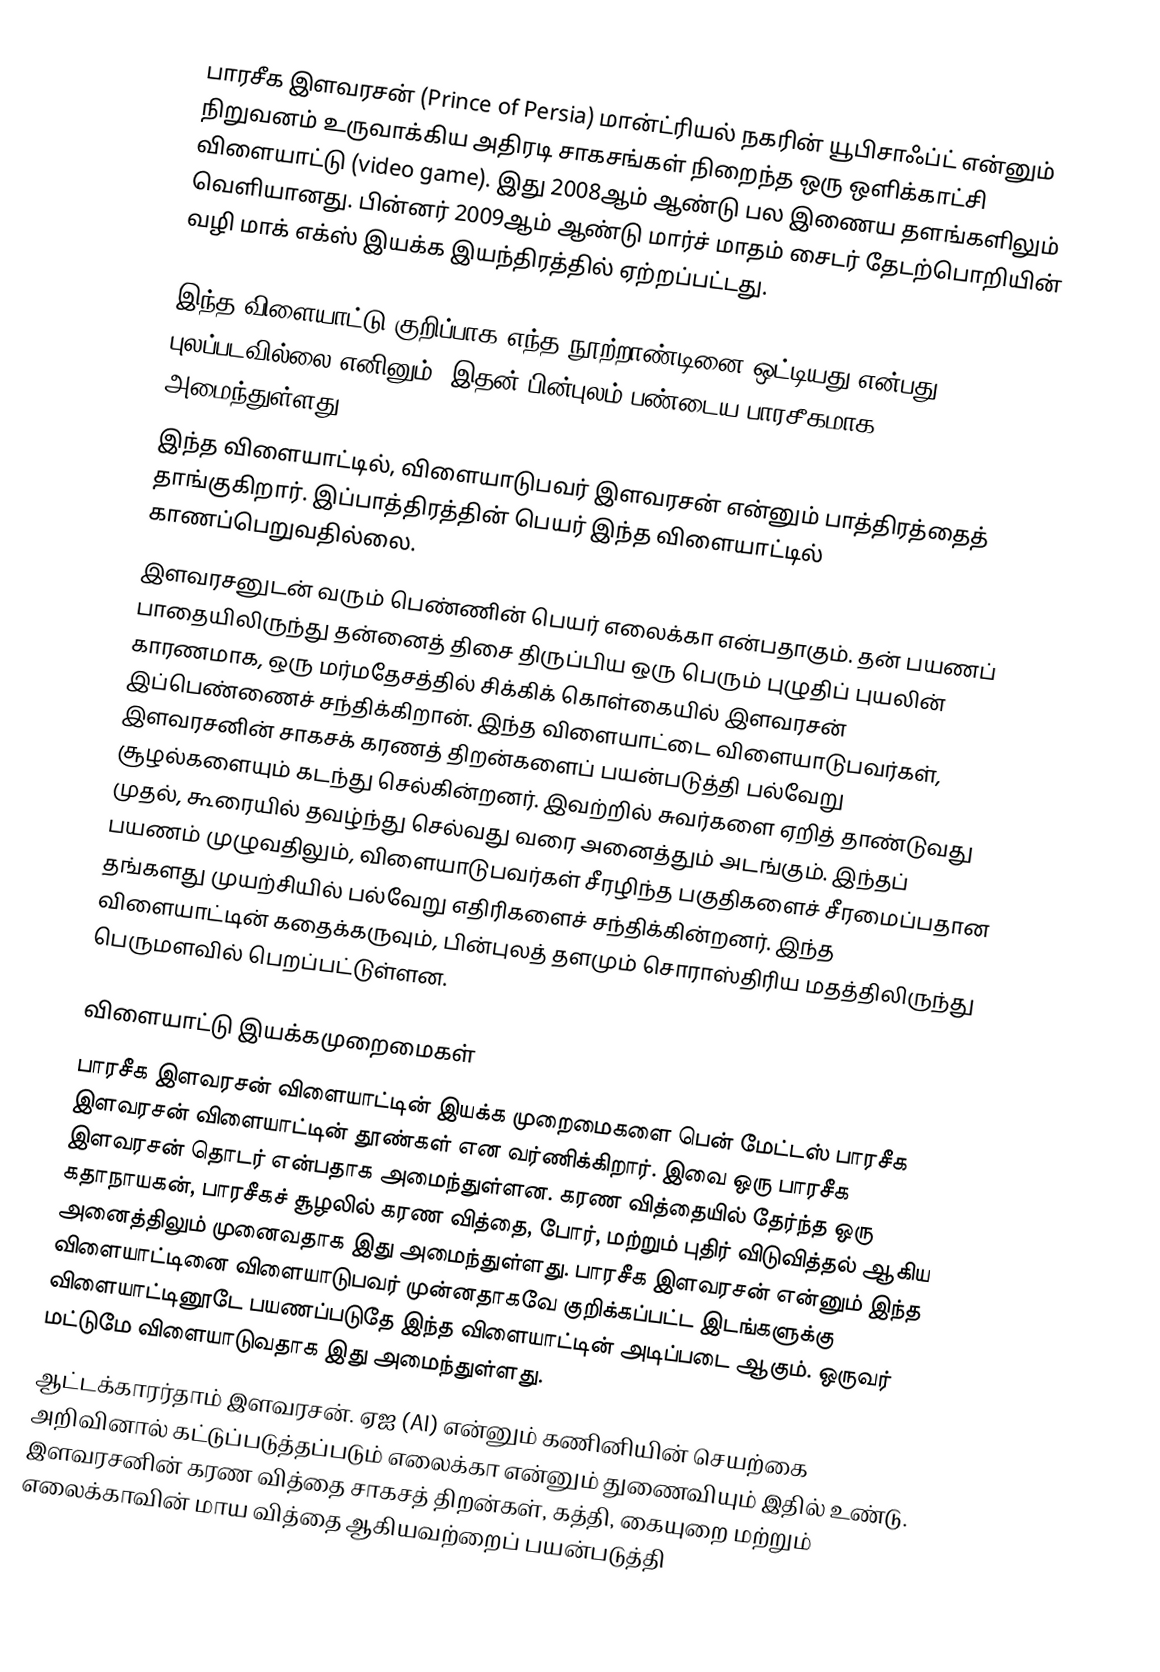
பாரசீக இளவரசன்  (Prince of Persia) மான்ட்ரியல் நகரின் யூபிசாஃப்ட் என்னும் நிறுவனம் உருவாக்கிய அதிரடி சாகசங்கள் நிறைந்த ஒரு ஒளிக்காட்சி விளையாட்டு (video game). இது 2008ஆம் ஆண்டு பல இணைய தளங்களிலும் வெளியானது. பின்னர் 2009ஆம் ஆண்டு மார்ச் மாதம் சைடர் தேடற்பொறியின் வழி மாக் எக்ஸ் இயக்க இயந்திரத்தில் ஏற்றப்பட்டது.

இந்த விளையாட்டு குறிப்பாக எந்த நூற்றாண்டினை ஒட்டியது என்பது புலப்படவில்லை எனினும், இதன் பின்புலம் பண்டைய பாரசீகமாக அமைந்துள்ளது.
இந்த விளையாட்டில், விளையாடுபவர் இளவரசன் என்னும் பாத்திரத்தைத் தாங்குகிறார். இப்பாத்திரத்தின் பெயர் இந்த விளையாட்டில் காணப்பெறுவதில்லை.
இளவரசனுடன் வரும் பெண்ணின் பெயர் எலைக்கா என்பதாகும். தன் பயணப் பாதையிலிருந்து தன்னைத் திசை திருப்பிய ஒரு பெரும் புழுதிப் புயலின் காரணமாக, ஒரு மர்மதேசத்தில் சிக்கிக் கொள்கையில் இளவரசன் இப்பெண்ணைச் சந்திக்கிறான். இந்த விளையாட்டை விளையாடுபவர்கள், இளவரசனின் சாகசக் கரணத் திறன்களைப் பயன்படுத்தி பல்வேறு சூழல்களையும் கடந்து செல்கின்றனர். இவற்றில் சுவர்களை ஏறித் தாண்டுவது முதல், கூரையில் தவழ்ந்து செல்வது வரை அனைத்தும் அடங்கும். இந்தப் பயணம் முழுவதிலும், விளையாடுபவர்கள் சீரழிந்த பகுதிகளைச் சீரமைப்பதான தங்களது முயற்சியில் பல்வேறு எதிரிகளைச் சந்திக்கின்றனர். இந்த விளையாட்டின் கதைக்கருவும், பின்புலத் தளமும் சொராஸ்திரிய மதத்திலிருந்து பெருமளவில் பெறப்பட்டுள்ளன.

விளையாட்டு இயக்கமுறைமைகள்
பாரசீக இளவரசன் விளையாட்டின் இயக்க முறைமைகளை பென் மேட்டஸ் பாரசீக இளவரசன் விளையாட்டின் தூண்கள் என வர்ணிக்கிறார். இவை ஒரு பாரசீக இளவரசன் தொடர் என்பதாக அமைந்துள்ளன. கரண வித்தையில் தேர்ந்த ஒரு கதாநாயகன், பாரசீகச் சூழலில் கரண வித்தை, போர், மற்றும் புதிர் விடுவித்தல் ஆகிய அனைத்திலும் முனைவதாக இது அமைந்துள்ளது. பாரசீக இளவரசன் என்னும் இந்த விளையாட்டினை விளையாடுபவர் முன்னதாகவே குறிக்கப்பட்ட இடங்களுக்கு விளையாட்டினூடே பயணப்படுதே இந்த விளையாட்டின் அடிப்படை ஆகும். ஒருவர் மட்டுமே விளையாடுவதாக இது அமைந்துள்ளது.
ஆட்டக்காரர்தாம் இளவரசன். ஏஐ (AI) என்னும் கணினியின் செயற்கை அறிவினால் கட்டுப்படுத்தப்படும் எலைக்கா என்னும் துணைவியும் இதில் உண்டு. இளவரசனின் கரண வித்தை சாகசத் திறன்கள், கத்தி, கையுறை மற்றும் எலைக்காவின் மாய வித்தை ஆகியவற்றைப் பயன்படுத்தி